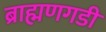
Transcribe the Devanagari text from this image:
ब्राह्मणगडी